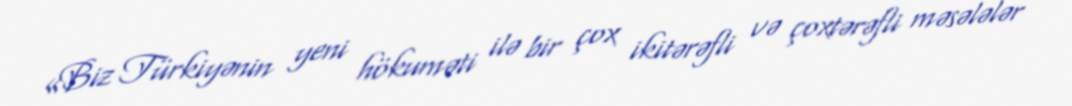
«Biz Türkiyənin yeni hökuməti ilə bir çox ikitərəfli və çoxtərəfli məsələlər